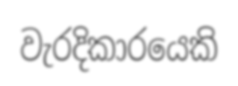
වැරදිකාරයෙකි